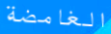
الغامضة